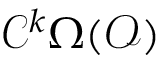
{ \mathcal { C } } ^ { k } \Omega ( { \mathcal { O } } )